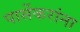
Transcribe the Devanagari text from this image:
पार्सेकरांना